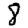
Digit: 8